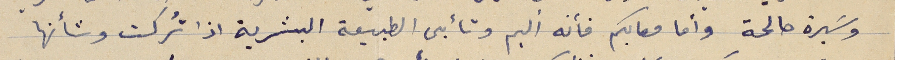
وسَيرة صالحة وأما معاليكم فأنه أليم وتأبى الطبيعة البشرية اذا تُركت وشأنها